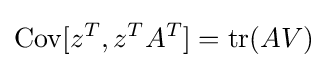
\operatorname {Cov} [z^{T},z^{T}A^{T}]=\operatorname {tr} (AV)